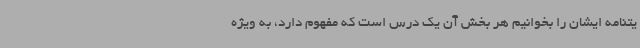
یتنامه‌ ایشان را بخوانیم هر بخش آن یک درس است که مفهوم دارد، به ویژه